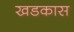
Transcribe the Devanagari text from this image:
खडकास